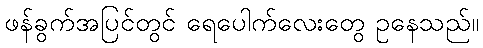
ဖန်ခွက်အပြင်တွင် ရေပေါက်လေးတွေ ဥနေသည်။